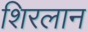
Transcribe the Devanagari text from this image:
शिरलान